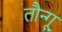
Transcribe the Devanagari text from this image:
तौन्गू